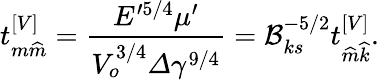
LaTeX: t_{m\widehat{m}}^{\left[V\right]}=\frac{E^{\prime 5/4}\mu^{\prime}}{V_{o}^{3/4}\varDelta\gamma^{9/4}}=\mathcal{B}_{ks}^{-5/2}t_{\widehat{m}\widehat{k}}^{\left[V\right]}.